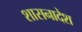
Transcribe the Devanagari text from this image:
शासनादेश